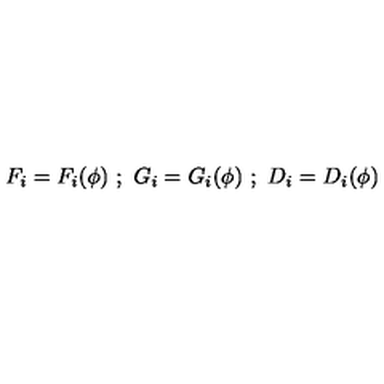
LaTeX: F _ { i } = F _ { i } ( \phi ) \ ; \ G _ { i } = G _ { i } ( \phi ) \ ; \ D _ { i } = D _ { i } ( \phi )